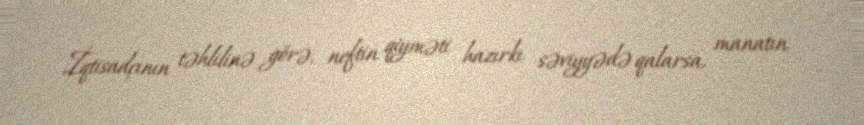
İqtisadçının təhlilinə görə, neftin qiyməti hazırkı səviyyədə qalarsa, manatın